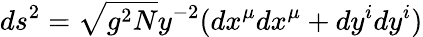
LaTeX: ds^{2}=\sqrt{g^{2}N}y^{-2}(dx^{\mu}dx^{\mu}+dy^{i}dy^{i})